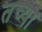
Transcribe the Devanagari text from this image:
तच्या